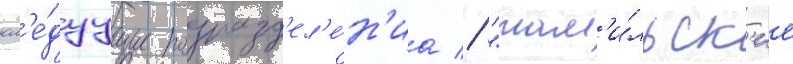
сл'е́дуущие подразд'ел'е́н'иа // "там'и́льск'ие